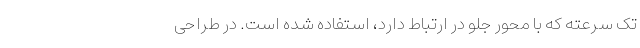
تک سرعته که با محور جلو در ارتباط دارد، استفاده شده است. در طراحی